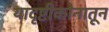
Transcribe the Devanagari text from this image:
यादृष्टीकोनातून